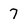
Character: 7